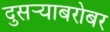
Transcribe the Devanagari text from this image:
दुसर्‍याबरोबर